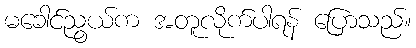
မခေါင်ညွယ်က အတူလိုက်ပါရန် ပြောသည်။